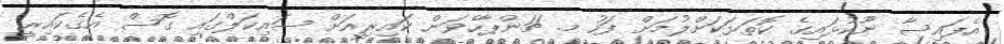
އެފައިސާ ނޫކުޅައިގެ ކޮތަޅަކަށްލުމަށް ފަހު މ. ޗަންޕާހެވަން ކައިރިއަށް ސައިކަލްގައި ގޮސް އެގެކައިރީ